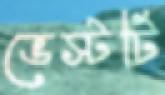
ভেস্টটি